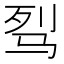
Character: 𩧮